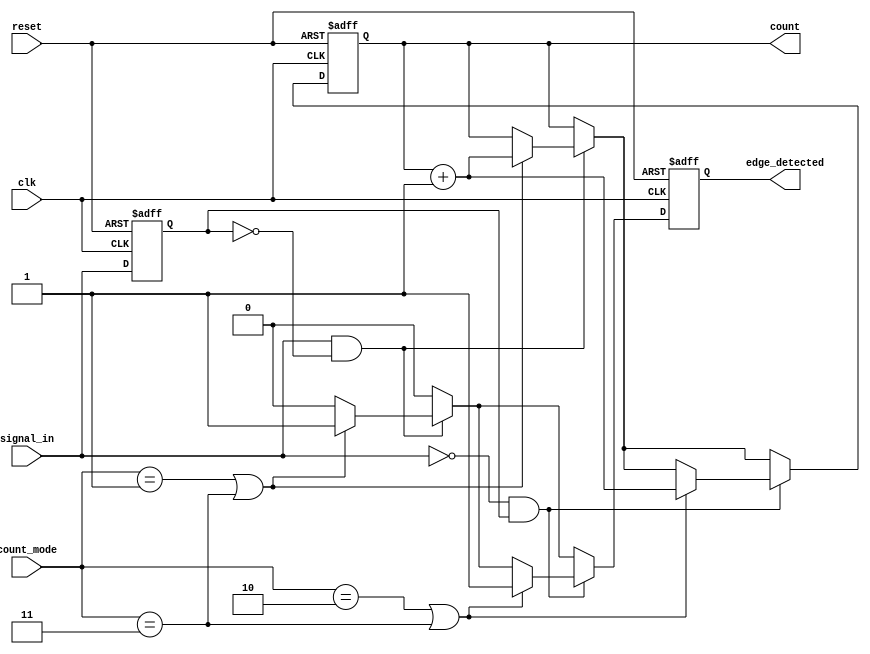
module edge_counter #(
    parameter COUNTER_WIDTH = 8 // Width of the counter (can be adjusted)
)(
    input wire clk,              // Clock signal
    input wire reset,            // Asynchronous reset signal
    input wire signal_in,        // Input signal to monitor for edges
    input wire [1:0] count_mode, // Control signal for counting mode
    output reg [COUNTER_WIDTH-1:0] count, // Current count of detected edges
    output reg edge_detected      // Signal indicating that an edge has been detected
);

    // State to hold the previous state of signal_in
    reg signal_in_prev;

    // Edge detection and counting logic
    always @(posedge clk or posedge reset) begin
        if (reset) begin
            count <= 0; // Reset the counter to zero
            edge_detected <= 0; // Clear edge detected signal
            signal_in_prev <= 0; // Initialize previous state
        end else begin
            edge_detected <= 0; // Default to no edge detected

            // Check for rising edge
            if (signal_in && !signal_in_prev) begin
                if (count_mode == 2'b01 || count_mode == 2'b11) begin // Count rising edges
                    count <= count + 1;
                    edge_detected <= 1; // Set edge detected signal
                end
            end

            // Check for falling edge
            if (!signal_in && signal_in_prev) begin
                if (count_mode == 2'b10 || count_mode == 2'b11) begin // Count falling edges
                    count <= count + 1;
                    edge_detected <= 1; // Set edge detected signal
                end
            end

            // Update previous state
            signal_in_prev <= signal_in;
        end
    end

endmodule